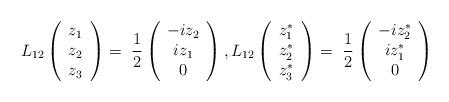
LaTeX: \begin{align*}L_{12} \left( \begin{array}{c}z_1 \\ z_2\\ z_3 \end{array}\right) =\ \frac12\left( \begin{array}{c} -iz_2\\ iz_1\\ 0 \end{array}\right) , L_{12}\left(\begin{array}{c}z^*_1\\ z^*_2\\ z^*_3 \end{array} \right)=\ \frac12 \left(\begin{array}{c} -iz^*_2\\ iz^*_1\\ 0 \end{array} \right)\end{align*}